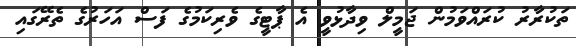
ތަކުރާރު ކުރައްވަމުން ޖަމީލް ވިދާޅުވީ އެ ޕާޓީގެ ވެރިކަމުގެ ފަސް އަހަރުގެ ތެރޭގައި